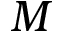
M